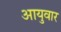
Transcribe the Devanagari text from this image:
आयुवार